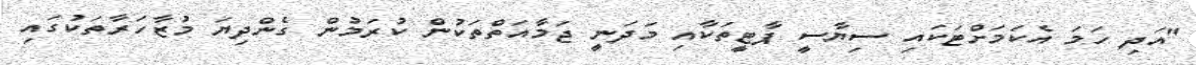
"އަދި ހަމަ އެކަމަށްޓަކައި ސިޔާސީ ޕާޓީތަކާއި މަދަނީ ޖަމާއަތްތަކުން ކުރަމުން ގެންދިޔަ މުޒާހަރާތަކުގައި